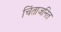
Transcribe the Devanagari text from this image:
चिंताजनित